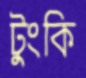
টুংকি